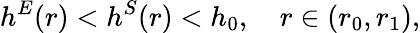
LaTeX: h^{E}(r)<h^{S}(r)<h_{0},\quad r\in(r_{0},r_{1}),